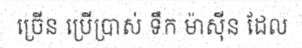
ច្រើន ប្រើប្រាស់ ទឹក ម៉ាស៊ីន ដែល